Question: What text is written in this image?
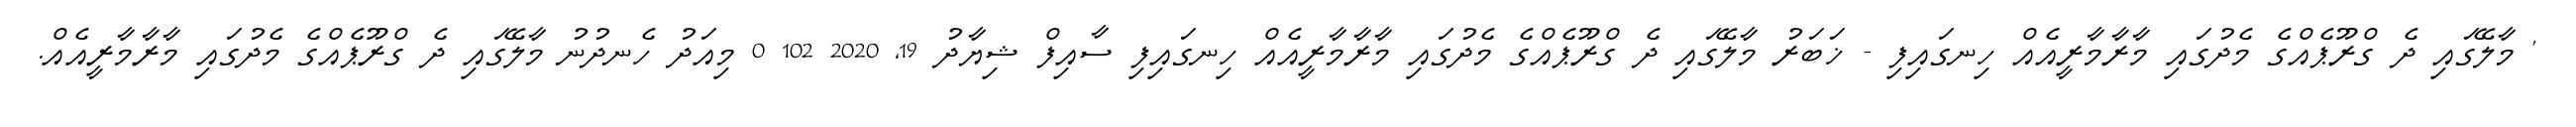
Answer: ' މާލޭގައި ދެ ގްރޫޕެއްގެ މެދުގައި މާރާމާރީއެއް ހިނގައިފި - ޚަބަރު މާލޭގައި ދެ ގްރޫޕެއްގެ މެދުގައި މާރާމާރީއެއް ހިނގައިފި ސާއިފް ޝިޔާދު 19, 2020 102 0 މިއަދު ހެނދުނު މާލޭގައި ދެ ގްރޫޕެއްގެ މެދުގައި މާރާމާރީއެއް.